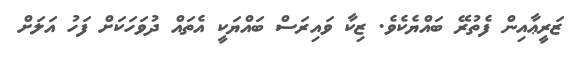
ޒަރީޢާއިން ފެތުރޭ ބައްޔެކެވެ. ޒިކާ ވައިރަސް ބައްޔަކީ އެތައް ދުވަހަކަށް ފަހު އަލަށް